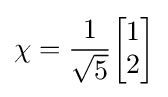
\chi ={1 \over {\sqrt {5}}}{\begin{bmatrix}1\\2\\\end{bmatrix}}